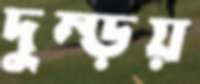
দুম্‌ড়য়